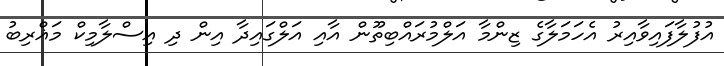
އުފުލާފައިވާއިރު އެހަމަލާގެ ޒިންމާ އަލްމުރައްބިތޫން އާއި އަލްގައިދާ އިން ދި އިސްލާމިކް މަޣްރިބު